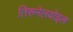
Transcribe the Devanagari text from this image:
तिरुनेलवोइल